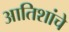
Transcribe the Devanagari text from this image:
आतिशांचे